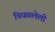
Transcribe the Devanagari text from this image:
चिघळलेली